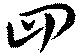
四